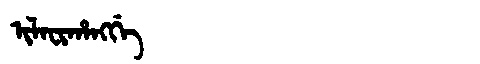
Manchu: ᡳᠯᠠᠸᡳᡥᠠᠩᡤᡝ
Romanization: ILAFIHANGGE